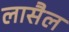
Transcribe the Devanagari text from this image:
लासैल